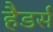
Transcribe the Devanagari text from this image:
हैडर्स